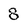
Character: 8